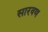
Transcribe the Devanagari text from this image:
सारवण